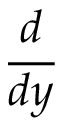
\frac { d } { d y }